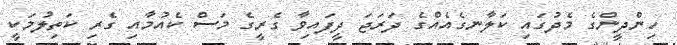
ހިންދީންގެ މެދުގައި ކަލާނގެއެއްގެ ދަރަޖަ ދީފައިވާ ގެރީގެ މަސް ކެއުމާއި ގެރި ކަތިލުމަކީ